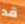
قد